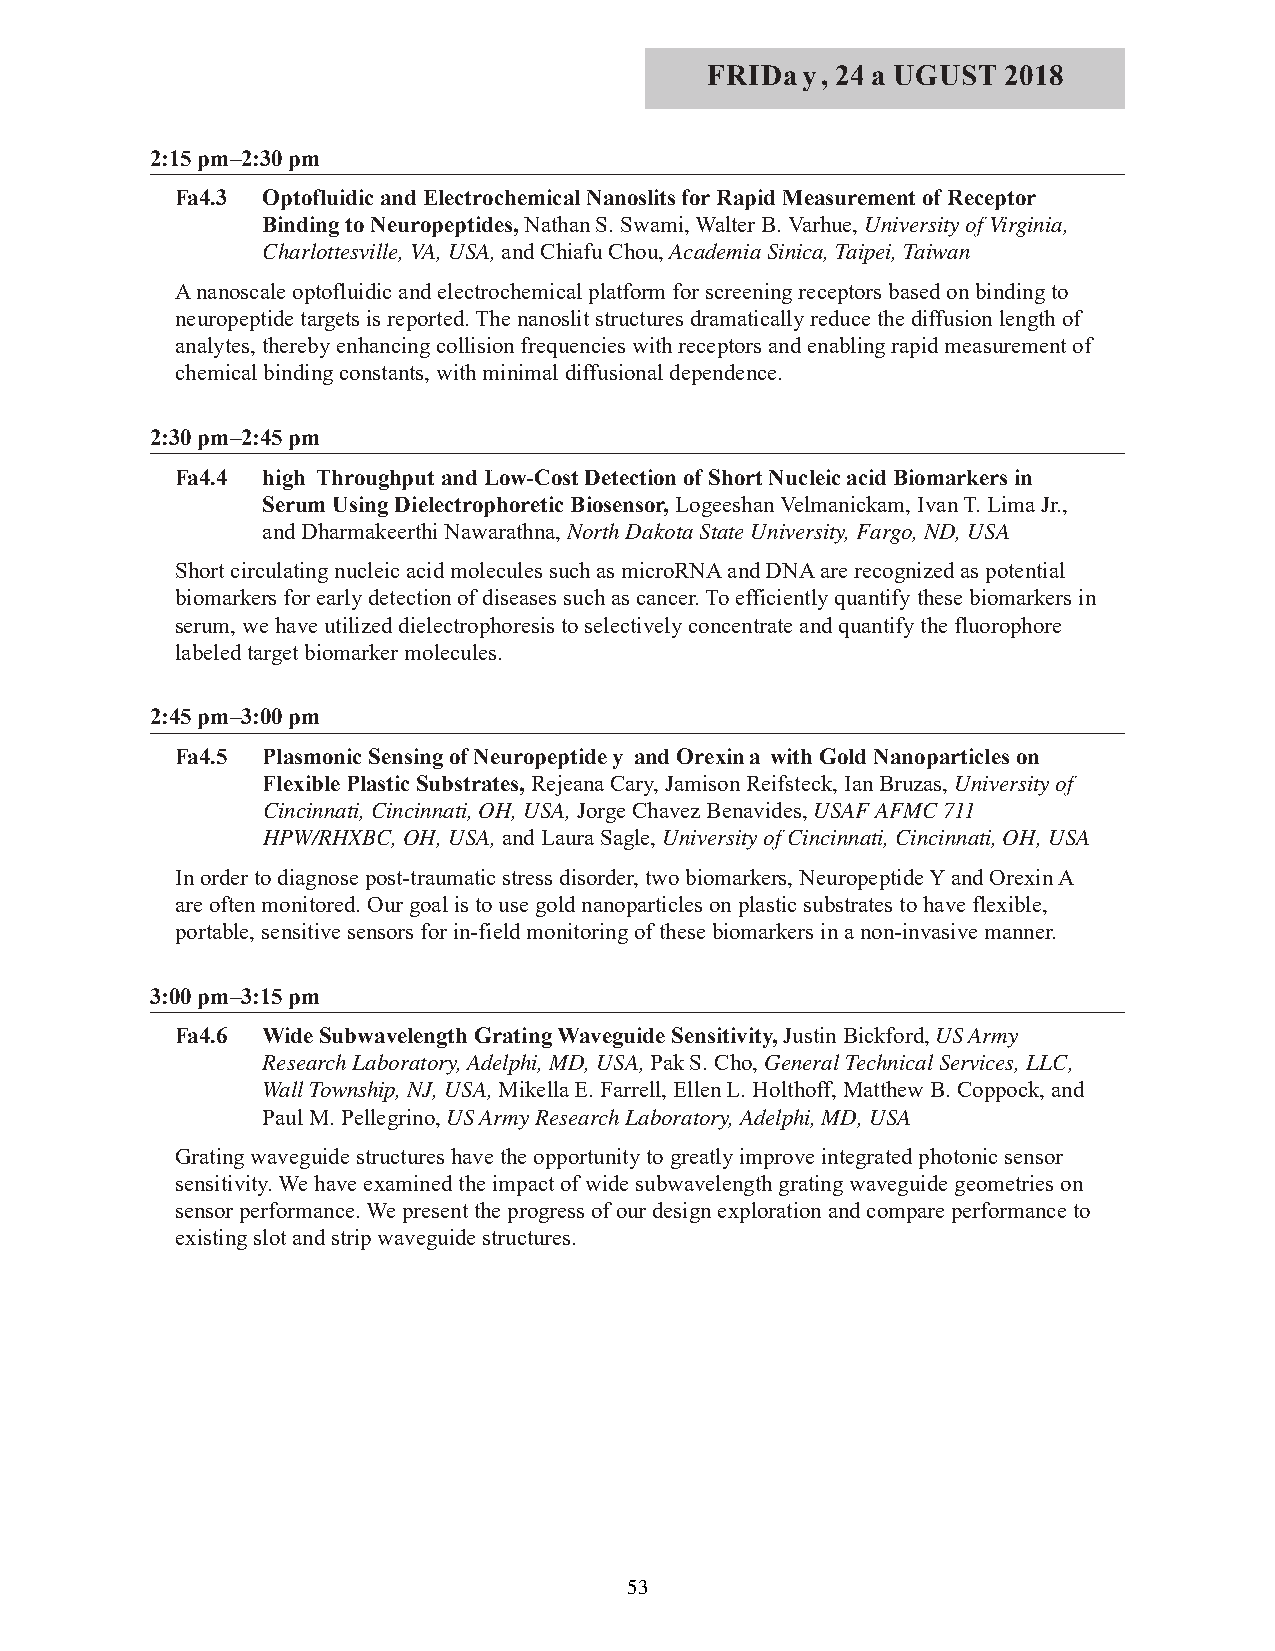
FRIDay, 24 a UGUST  2018
 2:15 pm–2:30 pm
 Fa4.3 Optofluidic and Electrochemical Nanoslits for Rapid Measurement of Receptor
 Binding to Neuropeptides, Nathan S. Swami, Walter B. Varhue, University of Virginia,
 Charlottesville, VA, USA, and Chiafu Chou, Academia Sinica, Taipei, Taiwan
 A nanoscale optofluidic and electrochemical platform for screening receptors based on binding to
 neuropeptide targets is reported. The nanoslit structures dramatically reduce the diffusion length of
 analytes, thereby enhancing collision frequencies with receptors and enabling rapid measurement of
 chemical binding constants, with minimal diffusional dependence.
 2:30 pm–2:45 pm
 Fa4.4 high Throughput and Low-Cost Detection of Short Nucleic acid Biomarkers in
 Serum Using Dielectrophoretic Biosensor, Logeeshan Velmanickam, Ivan T. Lima Jr.,
 and Dharmakeerthi Nawarathna, North Dakota State University, Fargo, ND, USA
 Short circulating nucleic acid molecules such as microRNA and DNA are recognized as potential
 biomarkers for early detection of diseases such as cancer. To efficiently quantify these biomarkers in
 serum, we have utilized dielectrophoresis to selectively concentrate and quantify the fluorophore
 labeled target biomarker molecules.
 2:45 pm–3:00 pm
 Fa4.5 Plasmonic Sensing of Neuropeptide y and Orexin a with Gold Nanoparticles on
 Flexible Plastic Substrates, Rejeana Cary, Jamison Reifsteck, Ian Bruzas, University of
 Cincinnati, Cincinnati, OH, USA, Jorge Chavez Benavides, USAF AFMC 711
 HPW/RHXBC, OH, USA, and Laura Sagle, University of Cincinnati, Cincinnati, OH, USA
 In order to diagnose post-traumatic stress disorder, two biomarkers, Neuropeptide Y and Orexin A
 are often monitored. Our goal is to use gold nanoparticles on plastic substrates to have flexible,
 portable, sensitive sensors for in-field monitoring of these biomarkers in a non-invasive manner.
 3:00 pm–3:15 pm
 Fa4.6 Wide Subwavelength Grating Waveguide Sensitivity, Justin Bickford, US Army
 Research Laboratory, Adelphi, MD, USA,Pak S. Cho, General Technical Services, LLC,
 Wall Township, NJ, USA, Mikella E. Farrell, Ellen L. Holthoff, Matthew B. Coppock, and
 Paul M. Pellegrino, US Army Research Laboratory, Adelphi, MD, USA
 Grating waveguide structures have the opportunity to greatly improve integrated photonic sensor
 sensitivity. We have examined the impact of wide subwavelength grating waveguide geometries on
 sensor performance. We present the progress of our design exploration and compare performance to
 existing slot and strip waveguide structures.
 53